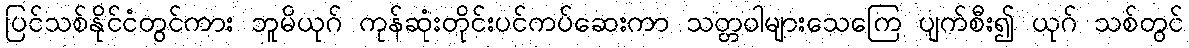
ပြင်သစ်နိုင်ငံတွင်ကား ဘူမိယုဂ် ကုန်ဆုံးတိုင်းပင်ကပ်ဆေးကာ သတ္တဝါများသေကြေ ပျက်စီး၍ ယုဂ် သစ်တွင်